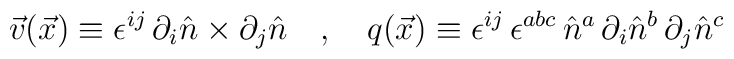
\vec{v}(\vec{x})\equiv \epsilon^{i j}\,\partial_{i} \hat{n} \times\partial_{j} \hat{n}\quad  , \quad q(\vec{x})\equiv\epsilon^{i j}\, \epsilon^{abc}\,\hat{n}^{a}\,\partial_{i}\hat{n}^{b}\, \partial_{j} \hat{n}^{c}